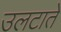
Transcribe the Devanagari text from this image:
उलटाते